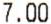
7.00